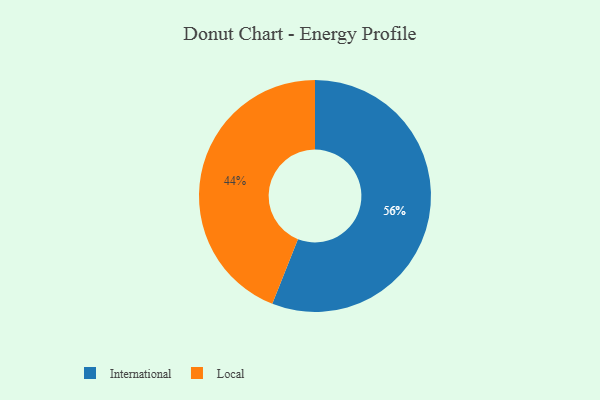
{"axis": {"x": "Category", "y": "Percentage"}, "legend": ["International", "Local"], "data": [{"x": "International", "y": 56, "type": "International"}, {"x": "Local", "y": 44, "type": "Local"}]}